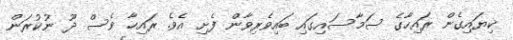
ކިޔައިގެން ރައިހާގެ ސަމާސައިގައި ބައިވެރިވާން ފެށި އެވެ. ރައިހާ ވެސް ދޫ ނުކުރަން